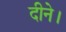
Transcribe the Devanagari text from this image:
दीने।